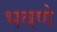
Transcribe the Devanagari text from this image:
भवणे